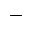
-